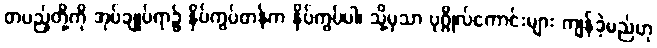
တပည့်တို့ကို အုပ်ချုပ်ရာ၌ နှိပ်ကွပ်တန်က နှိပ်ကွပ်ပါ၊ သို့မှသာ ပုဂ္ဂိုလ်ကောင်းများ ကျန်ခဲ့မည်ဟု